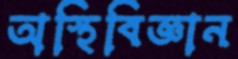
অস্থিবিজ্ঞান